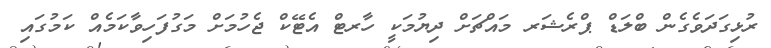
ރުޅިގަދަވެގެން ބްލަޑް ޕްރެޝަރ މައްޗަށް ދިޔުމަކީ ހާރޓް އެޓޭކް ޖެހުމަށް މަގުފަހިވާކަމެއް ކަމުގައި